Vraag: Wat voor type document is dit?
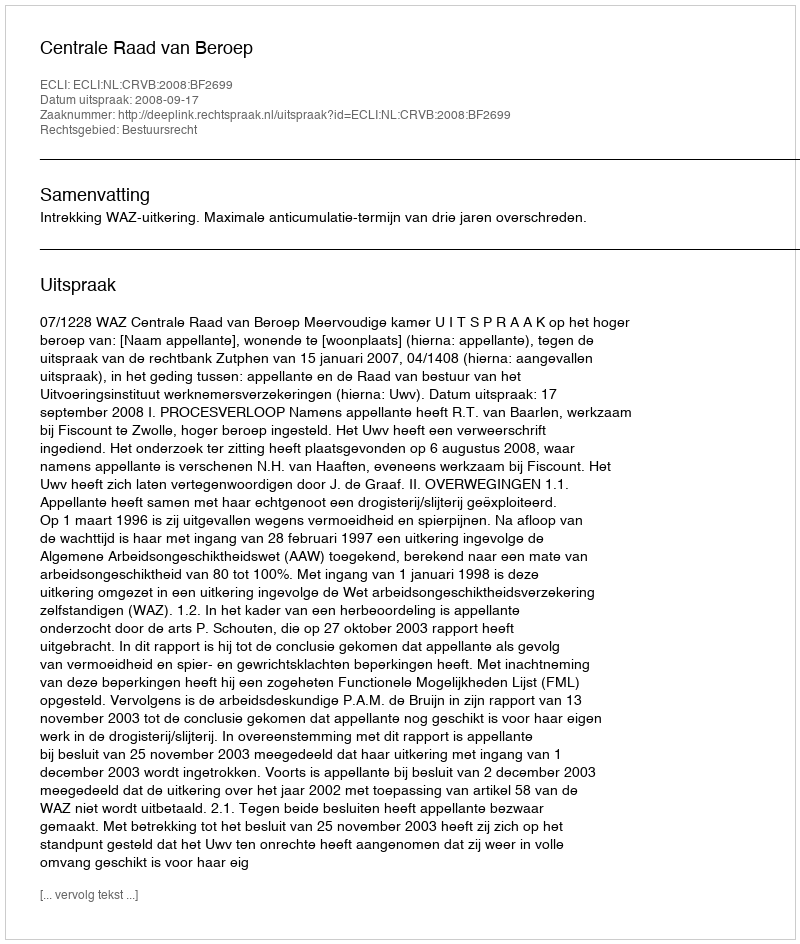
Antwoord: Uitspraak